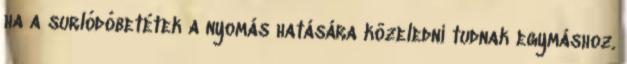
ha a surlódóbetétek a nyomás hatására közeledni tudnak egymáshoz.